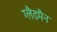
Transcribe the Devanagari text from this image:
ग्लैडमैन